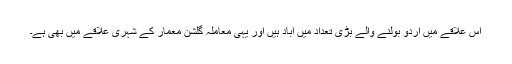
اس علاقے میں اردو بولنے والے بڑی تعداد میں آباد ہیں اور یہی معاملہ گلشنِ معمار کے شہری علاقے میں بھی ہے۔